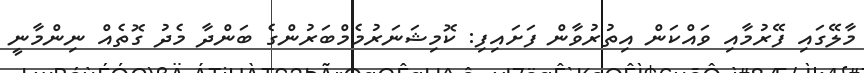
މާލޭގައި ފޭރުމާއި ވައްކަން އިތުރުވާން ފަށައިފި: ކޮމިޝަނަރުމެމްބަރުންގެ ބަންދާ މެދު ގޮތެއް ނިންމާނީ